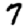
Digit: 7